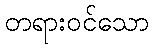
တရားဝင်သော